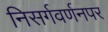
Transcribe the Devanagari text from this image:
निसर्गवर्णनपर